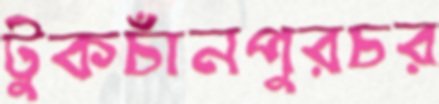
টুকচাঁনপুরচর